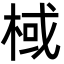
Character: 棫